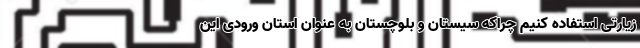
زیارتی استفاده کنیم چراکه سیستان و بلوچستان به عنوان استان ورودی این